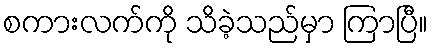
စကားလက်ကို သိခဲ့သည်မှာ ကြာပြီ။